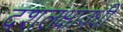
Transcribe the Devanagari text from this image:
दशलक्षावधी